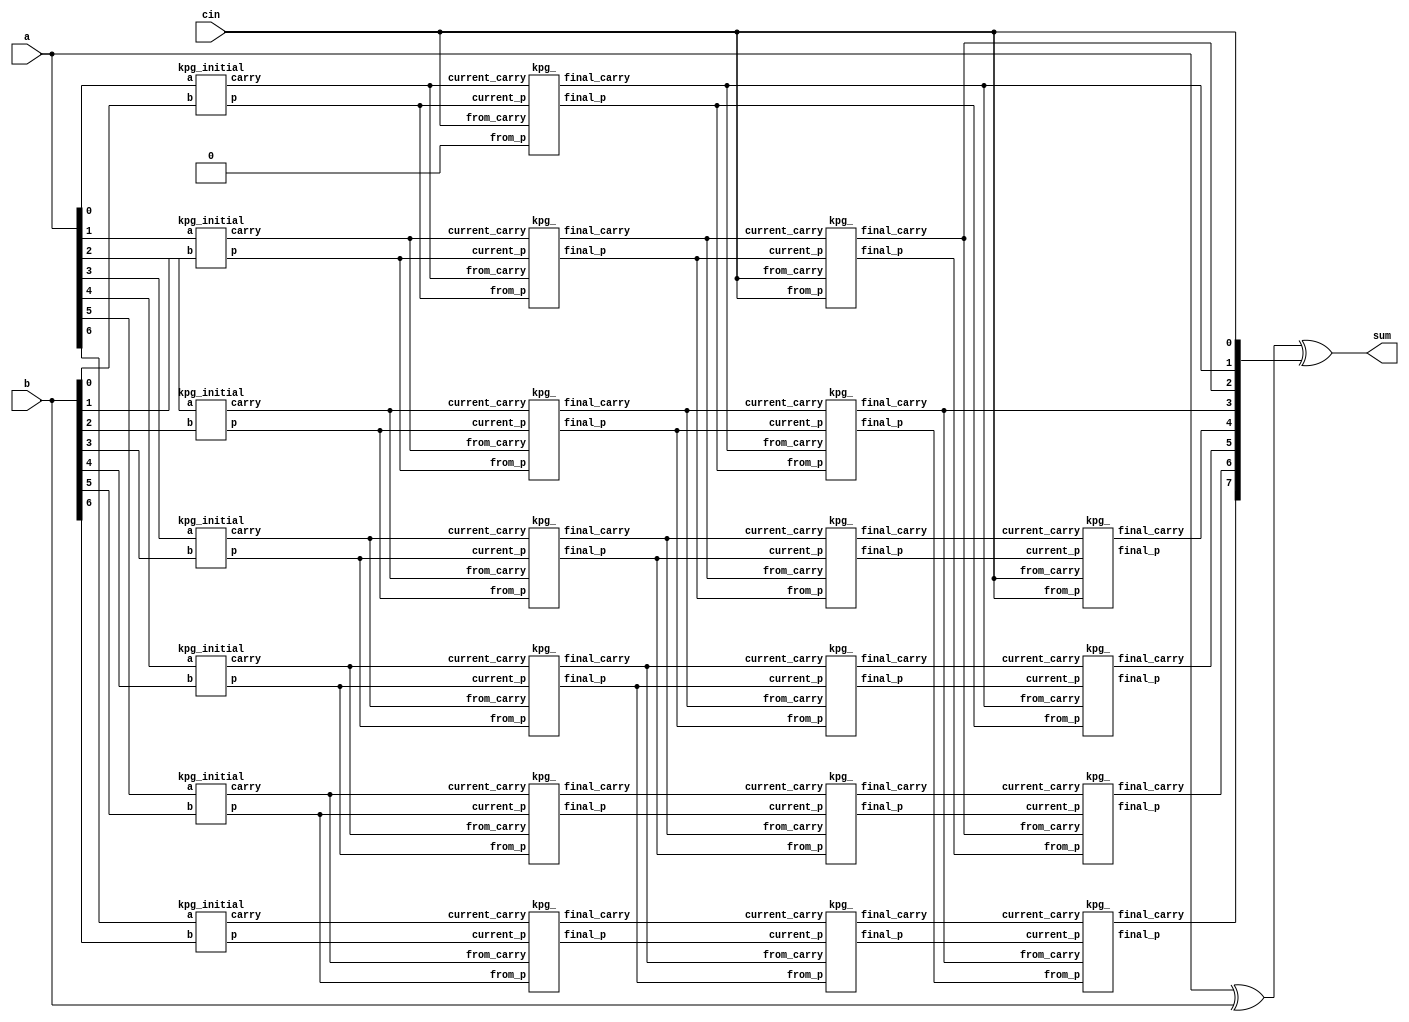
module adder_8bit (a,b,cin,sum);

	input [7:0] a,b;
	input cin;
	output [7:0] sum;
	wire [7:0] partial_sum;

	wire [8:0] carry, p, carry_1, p_1, carry_2, p_2, carry_4, p_4;
	
	assign carry[0] = cin;
	assign p[0] = 0;
	
	kpg_initial initializing_kpg [8:1] (a[7:0], b[7:0], p[8:1], carry[8:1]);

	assign p_1[0] = cin;
	assign carry_1[0] = cin;
	assign p_2[1:0] = p_1[1:0];
	assign carry_2[1:0] = carry_1[1:0];
	assign p_4[3:0] = p_2[3:0];
	assign carry_4[3:0] = carry_2[3:0];

	kpg_ iteration_1 [8:1] (p[8:1], carry[8:1], p[7:0], carry[7:0], p_1[8:1], carry_1[8:1]);
	kpg_ iteration_2 [8:2] (p_1[8:2], carry_1[8:2], p_1[6:0], carry_1[6:0], p_2[8:2], carry_2[8:2]);
	kpg_ iteration_4 [8:4] (p_2[8:4], carry_2[8:4], p_2[4:0], carry_2[4:0], p_4[8:4], carry_4[8:4]);

	assign partial_sum = a^b;
	assign sum[7:0] = partial_sum[7:0]^carry_4[7:0];

endmodule

module kpg_initial (
	input a, b,
	output reg p, carry
);
	always @*
	case ({a, b})
		2'b00: begin
			p = 1'b0; carry = 1'b0;
		end
		2'b11: begin
			p = 1'b0; carry = 1'b1;
		end
		default: begin 
			p = 1'b1; carry = 1'bx;
		end
	endcase

endmodule

module kpg_ (
	input current_p, current_carry, from_p, from_carry,
	output reg final_p, final_carry
);
	always @(*)
	begin
	
		if({current_p, current_carry} == 2'b00)
			{final_p, final_carry} = 2'b00;
		
		else if({current_p, current_carry} == 2'b01)
			{final_p, final_carry} = 2'b01;

		else
			{final_p, final_carry} = {from_p, from_carry};

	end

endmodule